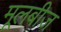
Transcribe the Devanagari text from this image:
मूलबीज